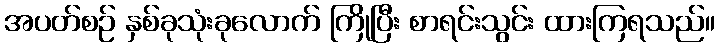
အပတ်စဉ် နှစ်ခုသုံးခုလောက် ကြိုပြီး စာရင်းသွင်း ထားကြရသည်။